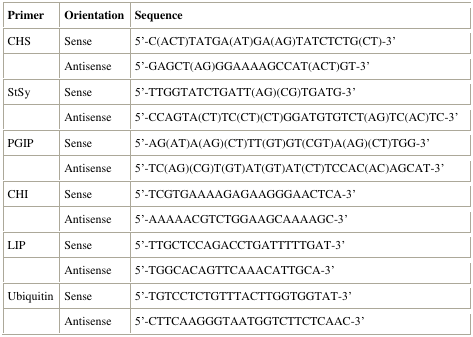
<table><thead><tr><td><b>Primer</b></td><td><b>Orientation</b></td><td><b>Sequence</b></td></tr></thead><tbody><tr><td>CHS</td><td>Sense</td><td>5′-C(ACT)TATGA(AT)GA(AG)TATCTCTG(CT)-3′</td></tr><tr><td>[EMPTY_CELL]</td><td>Antisense</td><td>5′-GAGCT(AG)GGAAAAGCCAT(ACT)GT-3′</td></tr><tr><td>StSy</td><td>Sense</td><td>5′-TTGGTATCTGATT(AG)(CG)TGATG-3′</td></tr><tr><td>[EMPTY_CELL]</td><td>Antisense</td><td>5′-CCAGTA(CT)TC(CT)(CT)GGATGTGTCT(AG)TC(AC)TC-3′</td></tr><tr><td>PGIP</td><td>Sense</td><td>5′-AG(AT)A(AG)(CT)TT(GT)GT(CGT)A(AG)(CT)TGG-3′</td></tr><tr><td>[EMPTY_CELL]</td><td>Antisense</td><td>5′-TC(AG)(CG)T(GT)AT(GT)AT(CT)TCCAC(AC)AGCAT-3′</td></tr><tr><td>CHI</td><td>Sense</td><td>5′-TCGTGAAAAGAGAAGGGAACTCA-3′</td></tr><tr><td>[EMPTY_CELL]</td><td>Antisense</td><td>5′-AAAAACGTCTGGAAGCAAAAGC-3′</td></tr><tr><td>LIP</td><td>Sense</td><td>5′-TTGCTCCAGACCTGATTTTTGAT-3′</td></tr><tr><td>[EMPTY_CELL]</td><td>Antisense</td><td>5′-TGGCACAGTTCAAACATTGCA-3′</td></tr><tr><td>Ubiquitin</td><td>Sense</td><td>5′-TGTCCTCTGTTTACTTGGTGGTAT-3′</td></tr><tr><td>[EMPTY_CELL]</td><td>Antisense</td><td>5′-CTTCAAGGGTAATGGTCTTCTCAAC-3′</td></tr></tbody></table>